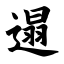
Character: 遢